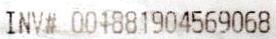
INV# 001881904569068